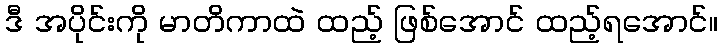
ဒီ အပိုင်းကို မာတိကာထဲ ထည့် ဖြစ်အောင် ထည့်ရအောင်။